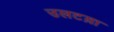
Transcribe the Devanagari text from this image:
उलटय़ा